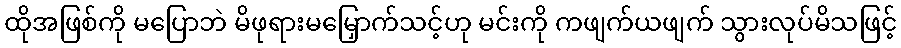
ထိုအဖြစ်ကို မပြောဘဲ မိဖုရားမမြှောက်သင့်ဟု မင်းကို ကဖျက်ယဖျက် သွားလုပ်မိသဖြင့်